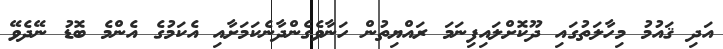
އަދި ޤައުމު މިހާލަތުގައި ދޫކޮށްލައިފިނަމަ ރައްޔިތުން ހަނާވެގެންދާނެކަމަށާއި އެކަމުގެ އެންމެ ބޮޑު ނޭދެވޭ